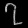
Digit: ၇